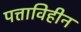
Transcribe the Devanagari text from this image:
पत्ताविहीन